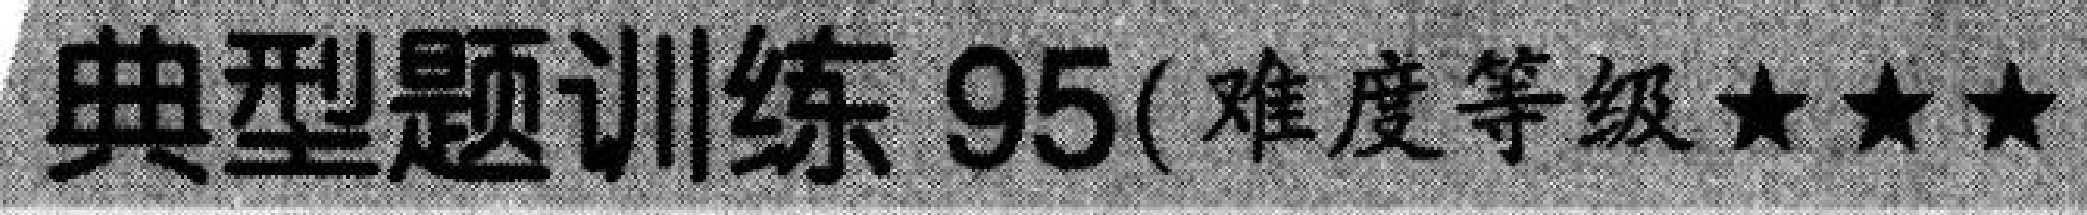
典型题训练 95(难度等级★★★)